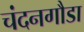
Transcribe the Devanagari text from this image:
चंदनगौडा